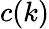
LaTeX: c(k)